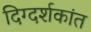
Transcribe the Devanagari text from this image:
दिग्दर्शकांत